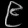
Digit: ၉